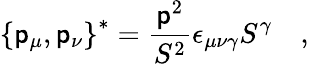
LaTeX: \left\{ \mathsf{p}_{\mu},\mathsf{p}_{\nu}\right\} ^{*}=\frac{{\mathsf{p}^{2}}}{{S^{2}}}\epsilon_{\mu\nu\gamma}S^{\gamma}\quad,